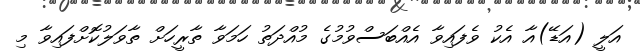
އަލީ (އަޑޭ)އާ އެކު ވެފައިވާ އެއްބަސްވުމުގެ މުއްދަތު ހަމަވާ ތާރީހަށް ތާވަލުކޮށްފައިވާ މި